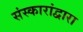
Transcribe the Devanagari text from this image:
संस्कारांद्वारा